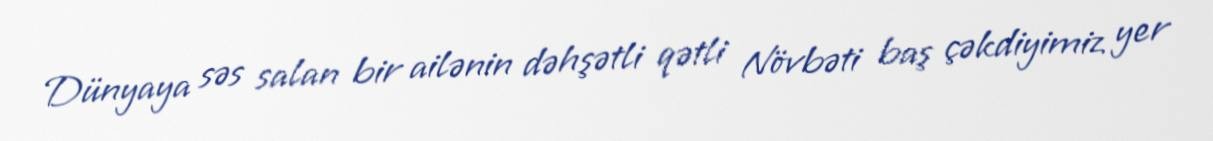
Dünyaya səs salan bir ailənin dəhşətli qətli Növbəti baş çəkdiyimiz yer